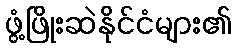
ဖွံ့ဖြိုးဆဲနိုင်ငံများ၏